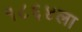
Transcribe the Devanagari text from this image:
१८६४ला